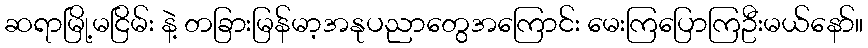
ဆရာမြို့မငြိမ်း နဲ့ တခြားမြန်မာ့အနုပညာတွေအကြောင်း မေးကြပြောကြဦးမယ်နော်။